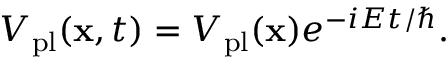
\begin{array} { r } { V _ { \mathrm { p l } } ( \mathbf { x } , t ) = V _ { \mathrm { p l } } ( \mathbf { x } ) e ^ { - i E t / \hbar } . } \end{array}